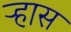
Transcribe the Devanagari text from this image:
ऱ्हास